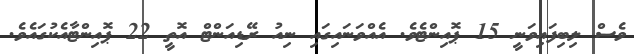
ވެސް ލިބިފައިވަނީ 15 ޕޮއިންޓެވެ. އެއްވަނައިގައި ނިއު ރޭޑިއަންޓް އޮތީ 22 ޕޮއިންޓާއެކުގައެވެ.